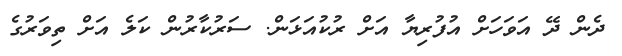
ދެން ދޭ އަވަހަށް އުފުރިޔާ އަށް ރުކުއަޅަން. ސަރުކާރުން ކަލެ އަށް ތިވަރުގެ